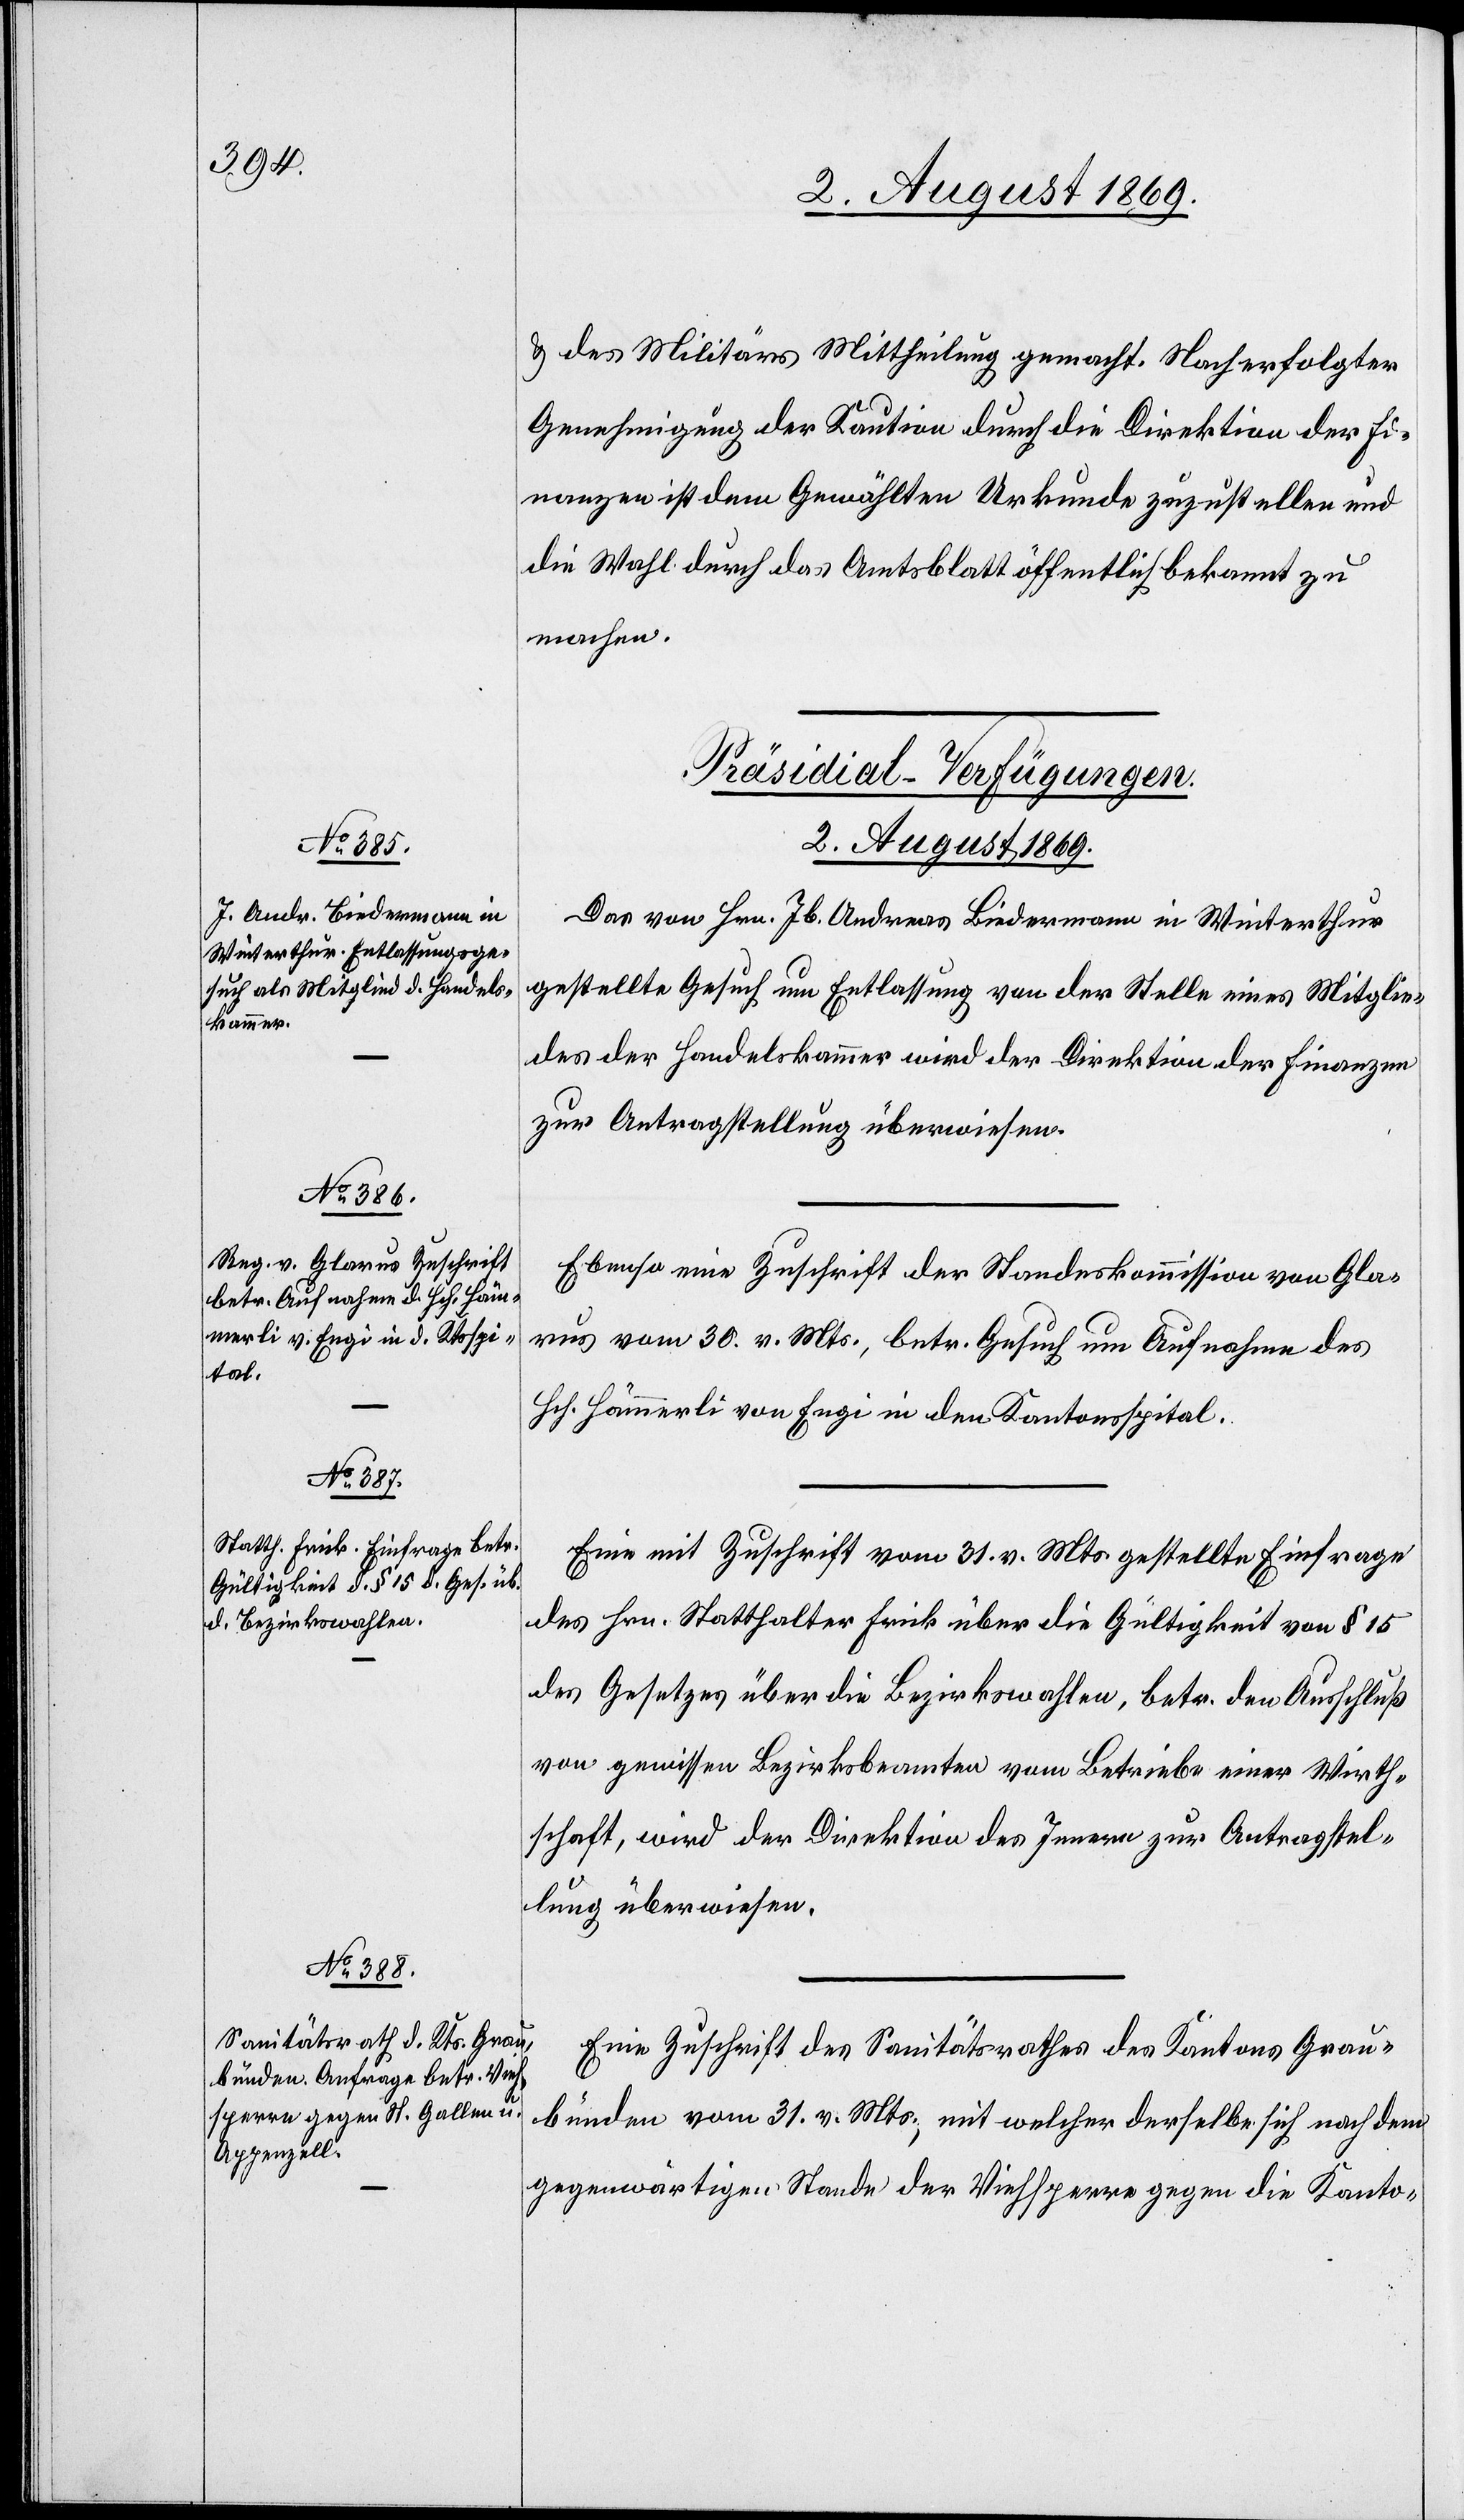
& des Militärs Mittheilung gemacht. Nach erfolgter
Genehmigung der Kaution durch die Direktion der Fi¬
nanzen ist dem Gewählten Urkunde zuzustellen und
die Wahl durch das Amtsblatt öffentlich bekannt zu
machen.
[Präsidial-Verfügungen.
2. August 1869.]
Das von Hrn. Jb. Andreas Biedermann in Winterthur
gestellte Gesuch um Entlassung von der Stelle eines Mitglie¬
des der Handelskammer wird der Direktion der Finanzen
zur Antragstellung überwiesen.
Ebenso eine Zuschrift der Standeskommission von Gla¬
rus vom 30. v. Mts., betr. Gesuch um Aufnahme des
Hch. Hämmerli von Engi in den Kantonsspital.
Eine mit Zuschrift vom 31. v. Mts gestellte Einfrage
des Hrn. Statthalter Frick über die Gültigkeit von § 15
des Gesetzes über die Bezirkswahlen, betr. den Ausschluß
von gewissen Bezirksbeamten vom Betriebe einer Viehwirth¬
schaft, wird der Direktion des Innern zur Antragstel¬
lung überwiesen.
Eine Zuschrift des Sanitätsrathes des Kantons Grau¬
bünden vom 31. v. Mts., mit welcher derselbe sich nach dem
gegenwärtigen Stande der Viehsperre gegen die Kanto-